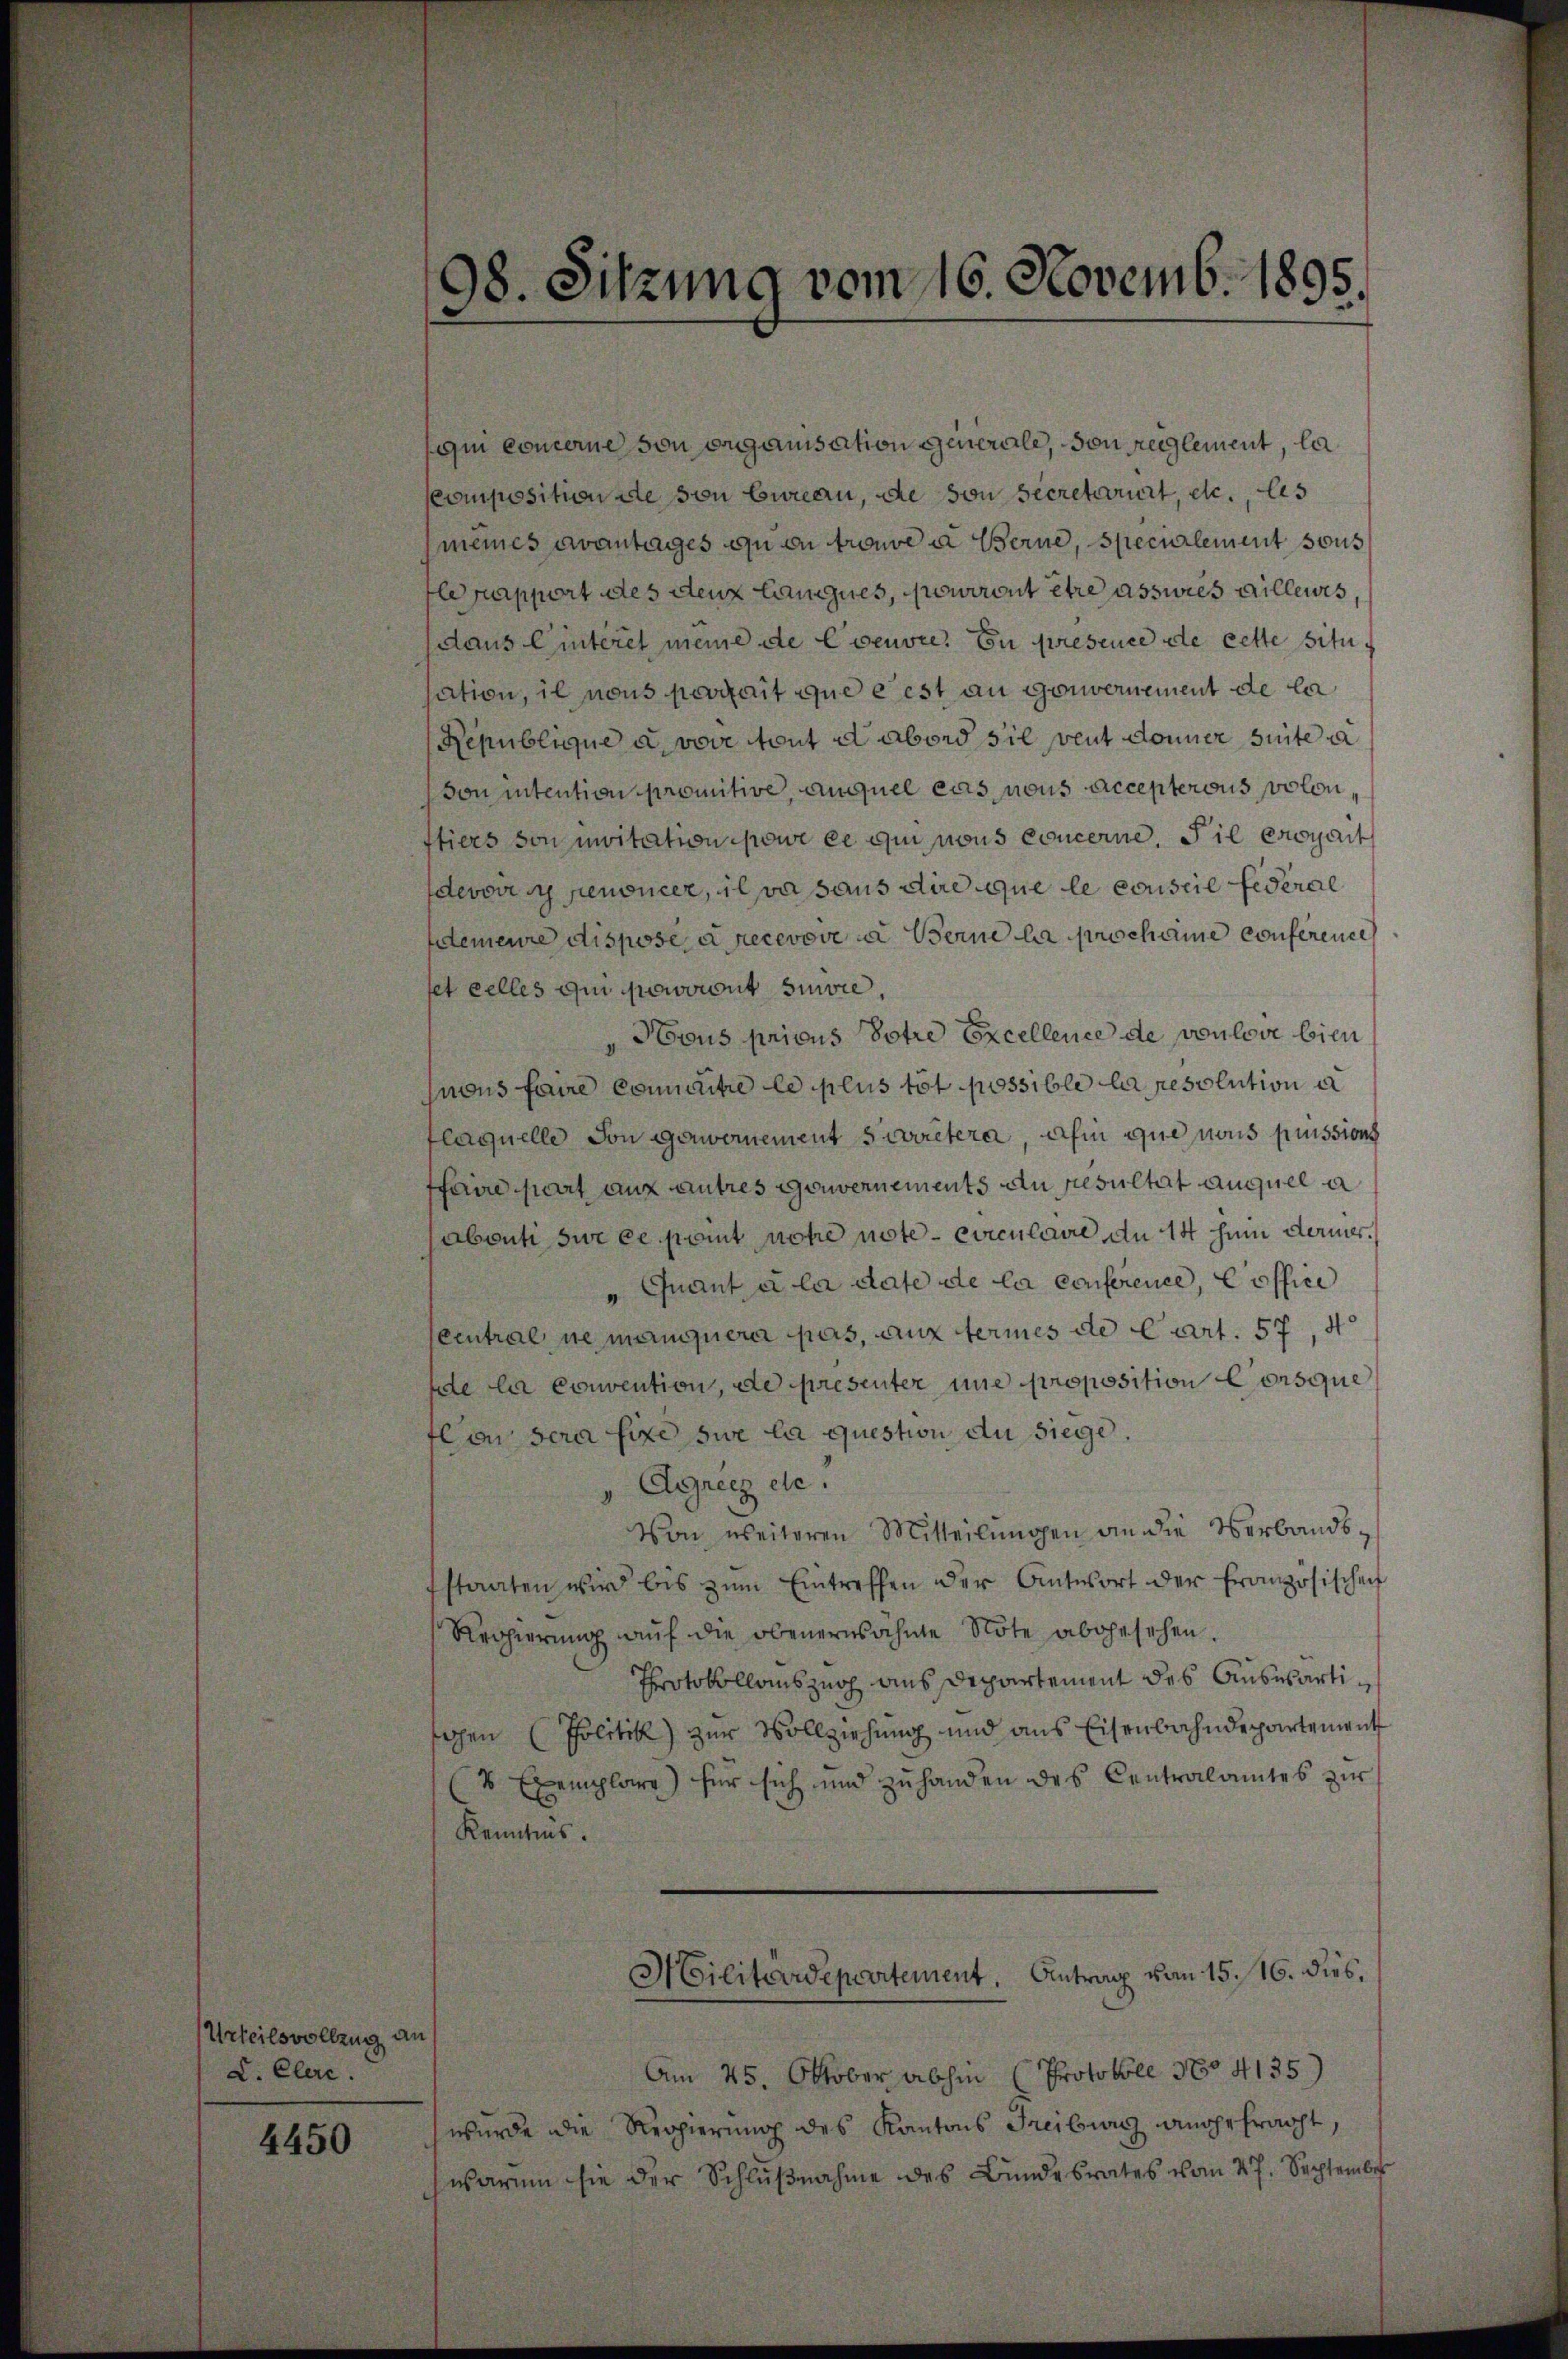
Urteilsvollzug an
L. Clere.

4450

98. Sitzung vom 16. Novemb. 1895
e

qui concerne von organisation generale, von reglement, la
Composition de von Eureau, die von Secretarirt, etc., les
meines avantages zu en trouve u Berne, specialement sous
lrapport des deux Langnes, pourront être asswies aillewis,
daus Cinteret meine de Coeuvre. En presene de cette situsation, il nous perrait que est an Gouvernement de le¬
Republique u. vore tout d abord sie veut donner suite u
Sonntention promitive, auquel cas nous accepterois volon,
tiers son invitation pour ce qui sous concerne, il essait
devoir renoncer, il va sans dire que le conseil fédéral
demeure dispose à recevove in Berne le prochane conference
fet celles qui sowoint suivre
Hous prious Totre Excellence de voulove bien
nons faire connaitre le plus tot possible la resolution er
laquelle von gewernement suitera, afin que nous puissions
ffaire part aux autres Gouvernements an Resultat auquel a
abonti sur ce peut notre note - Circulare du 14 zum derier.
„Quant à la das de la conference, Coffice
central ne manquera pas, aux termes de Cart. 57, 4
de la convention, de presenter une proposition Corsque
Con sera fixe sie la question du siege.
Aggrenz de
Von weiteren Mitteilungen an die Verbandsstaaten wird bis zŭm Eintreffen der Antwort der Französischei
Regierŭng aŭf die obenerwähnte Note abgesehen.
Protokollauszug aus Departement des Auswärtisochen (Politik) zur Vollziehung und aus Eisenbahndepartement
2 Exemplare für sich und zuhanden des Centralamtes zur
Kenntnis.
Militärdepartement. Antrag vom 15. 16. dies,
Am 25. Oktober abhin (Protokoll No 4135)
wurde die Regierung des Kantons Freiburg angefracht,
warum sie der Schlŭβnahme des Bundesrates vom 27. September